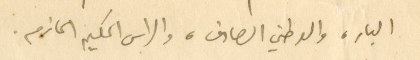
البار، والوطني الصادق، والراس الحكيم الحازم.